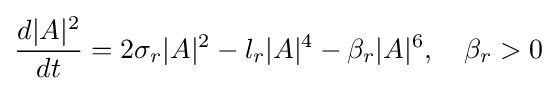
{\frac {d|A|^{2}}{dt}}=2\sigma _{r}|A|^{2}-l_{r}|A|^{4}-\beta _{r}|A|^{6},\quad \beta _{r}>0